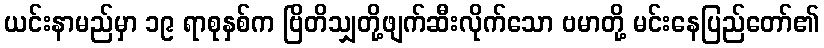
ယင်းနာမည်မှာ ၁၉ ရာစုနှစ်က ဗြိတိသျှတို့ဖျက်ဆီးလိုက်သော ဗမာတို့ မင်းနေပြည်တော်၏